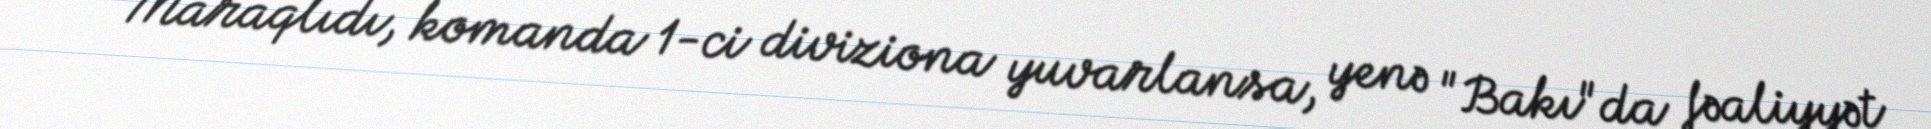
- Maraqlıdı, komanda 1-ci diviziona yuvarlansa, yenə "Bakı"da fəaliyyət